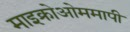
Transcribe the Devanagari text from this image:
माइक्रोओममापी